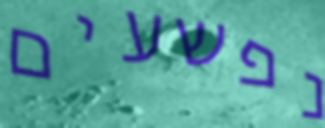
נפשעים